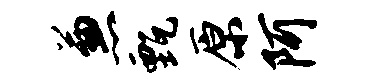
兼甄原阿